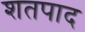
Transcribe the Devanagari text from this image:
शतपाद